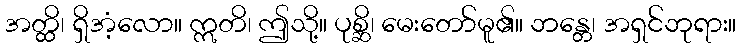
အတ္ထိ၊ ရှိအံ့လော။ ဣတိ၊ ဤသို့။ ပုစ္ဆိ၊ မေးတော်မူ၏။ ဘန္တေ၊ အရှင်ဘုရား။